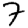
Digit: 7